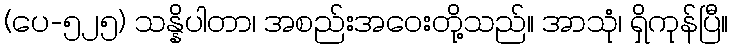
(ပေ-၅၂၅) သန္နိပါတာ၊ အစည်းအဝေးတို့သည်။ အာသုံ၊ ရှိကုန်ပြီ။